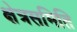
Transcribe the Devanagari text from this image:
क्षेत्रसमिति